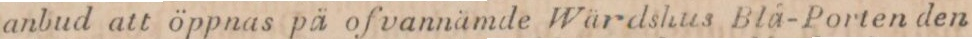
anbud att öppnas på ofvannämde Wärdshus Blå-Porten den